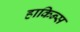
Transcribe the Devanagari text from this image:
हाकिन्स